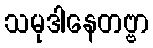
သမုဒါနေတဗ္ဗာ